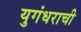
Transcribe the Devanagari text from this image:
युगंधराची